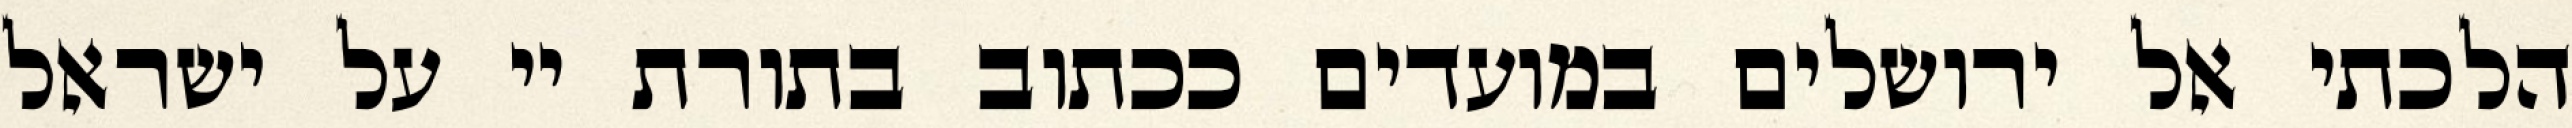
הלכתי אל ירושלים במועדים ככתוב בתורת יי על ישראל